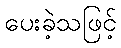
ပေးခဲ့သဖြင့်